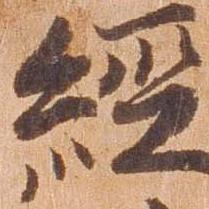
経